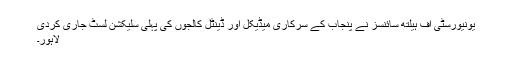
یونیورسٹی آف ہیلتھ سائنسز نے پنجاب کے سرکاری میڈیکل اور ڈینٹل کالجوں کی پہلی سلیکشن لسٹ جاری کردی
لاہور۔